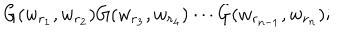
G ( w _ { r _ { 1 } } , w _ { r _ { 2 } } ) G ( w _ { r _ { 3 } } , w _ { r _ { 4 } } ) \cdots G ( w _ { r _ { n - 1 } } , w _ { r _ { n } } ) ;